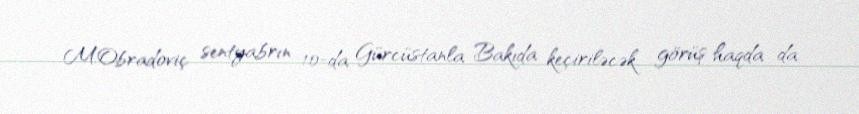
M.Obradoviç sentyabrın 10-da Gürcüstanla Bakıda keçiriləcək görüş haqda da